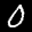
Label: 0